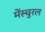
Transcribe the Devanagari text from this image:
मेंस्चुरल